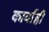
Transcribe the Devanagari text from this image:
कार्वाही